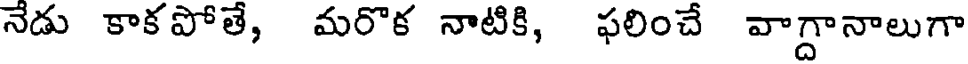
నేడు కాకపోతే, మరొక నాటికి, ఫలించే వాగ్దానాలుగా